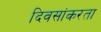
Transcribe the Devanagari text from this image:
दिवसांकरता